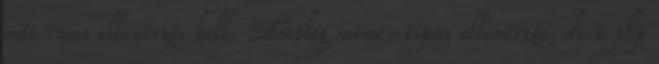
más-más ellenőrzés kell. Esetleg mime-típus ellenőrzés, de a php